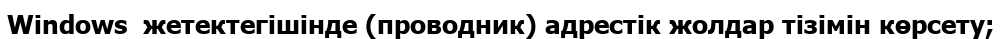
Windows  жетектегішінде (проводник) адрестік жолдар тізімін көрсету;